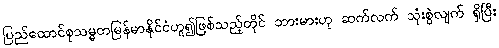
ပြည်ထောင်စုသမ္မတမြန်မာနိုင်ငံဟူ၍ဖြစ်သည့်တိုင် ဘားမားဟု ဆက်လက် သုံးစွဲလျက် ရှိပြီး